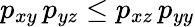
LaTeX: p_{xy}\, p_{yz}\le p_{xz}\, p_{yy}